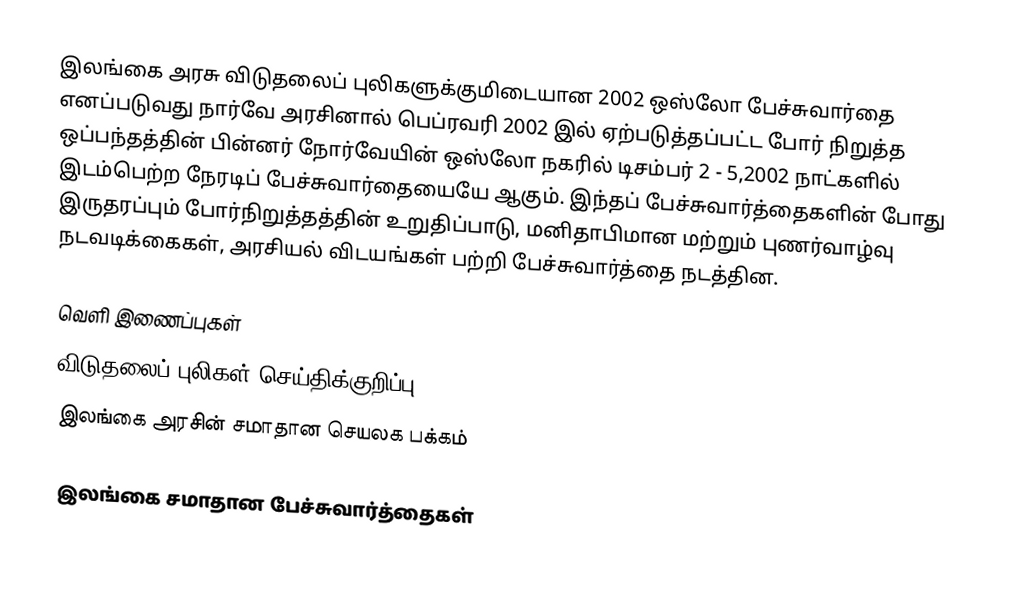
இலங்கை அரசு விடுதலைப் புலிகளுக்குமிடையான 2002 ஒஸ்லோ பேச்சுவார்தை எனப்படுவது நார்வே அரசினால் பெப்ரவரி 2002 இல் ஏற்படுத்தப்பட்ட போர் நிறுத்த ஒப்பந்தத்தின் பின்னர் நோர்வேயின் ஒஸ்லோ நகரில் டிசம்பர் 2 - 5,2002 நாட்களில்  இடம்பெற்ற நேரடிப் பேச்சுவார்தையையே ஆகும்.  இந்தப் பேச்சுவார்த்தைகளின் போது இருதரப்பும் போர்நிறுத்தத்தின் உறுதிப்பாடு, மனிதாபிமான மற்றும் புணர்வாழ்வு நடவடிக்கைகள், அரசியல் விடயங்கள் பற்றி பேச்சுவார்த்தை நடத்தின.

வெளி இணைப்புகள்
  விடுதலைப் புலிகள் செய்திக்குறிப்பு
 இலங்கை அரசின் சமாதான செயலக பக்கம்

இலங்கை சமாதான பேச்சுவார்த்தைகள்